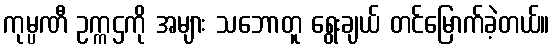
ကုမ္ပဏီ ဥက္ကဌကို အများ သဘောတူ ရွေးချယ် တင်မြောက်ခဲ့တယ်။